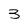
Character: 3